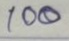
100